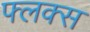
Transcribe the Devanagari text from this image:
फ्लक्‍स